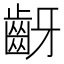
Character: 齖